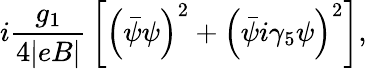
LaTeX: i{\frac{g_{1}}{4|eB|}}\left[\left(\bar{\psi}\psi\right)^{2}+\left(\bar{\psi}i\gamma_{5}\psi\right)^{2}\right],